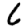
Digit: 6